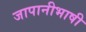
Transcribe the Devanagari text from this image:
जापानीभाषी